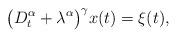
LaTeX: \begin{align*} \bigl(D_t^\alpha + \lambda^\alpha\bigr)^\gamma x(t) = \xi(t) , \end{align*}